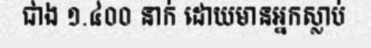
ជាង ១.៤០០ នាក់ ដោយមានអ្នកស្លាប់